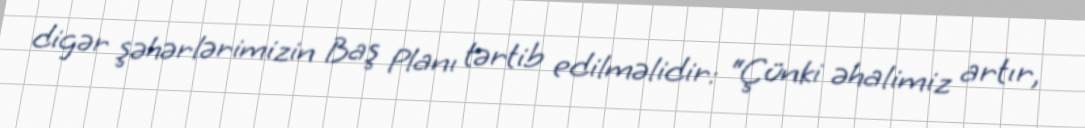
digər şəhərlərimizin Baş Planı tərtib edilməlidir: “Çünki əhalimiz artır,